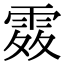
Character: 𩂫